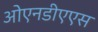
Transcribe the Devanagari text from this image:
ओएनडीएएस